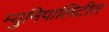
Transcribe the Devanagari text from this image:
म्युनिपालिटीत